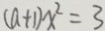
( a + 1 ) x ^ { 2 } = 3